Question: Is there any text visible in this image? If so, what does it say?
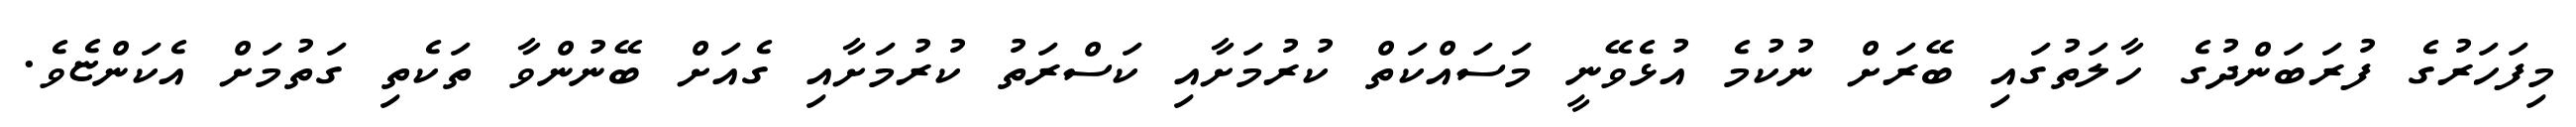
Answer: މިފަހަރުގެ ފުރަބަންދުގެ ހާލަތުގައި ބޭރަށް ނުކުމެ އުޅެވޭނީ މަސައްކަތް ކުރުމަށާއި ކަސްރަތު ކުރުމަށާއި ގެއަށް ބޭނުންވާ ތަކެތި ގަތުމަށް އެކަންޏެވެ.